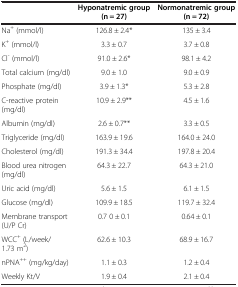
<table><thead><tr><td><b> </b></td><td><b>Hyponatremic group (n = 27)</b></td><td><b>Normonatremic group (n = 72)</b></td></tr></thead><tbody><tr><td>Na<sup>+</sup> (mmol/l)</td><td>126.8 ± 2.4*</td><td>135 ± 3.4</td></tr><tr><td>K<sup>+</sup> (mmol/l)</td><td>3.3 ± 0.7</td><td>3.7 ± 0.8</td></tr><tr><td>Cl<sup>-</sup> (mmol/l)</td><td>91.0 ± 2.6*</td><td>98.1 ± 4.2</td></tr><tr><td>Total calcium (mg/dl)</td><td>9.0 ± 1.0</td><td>9.0 ± 0.9</td></tr><tr><td>Phosphate (mg/dl)</td><td>3.9 ± 1.3*</td><td>5.3 ± 2.8</td></tr><tr><td>C-reactive protein (mg/dl)</td><td>10.9 ± 2.9**</td><td>4.5 ± 1.6</td></tr><tr><td>Albumin (mg/dl)</td><td>2.6 ± 0.7**</td><td>3.3 ± 0.5</td></tr><tr><td>Triglyceride (mg/dl)</td><td>163.9 ± 19.6</td><td>164.0 ± 24.0</td></tr><tr><td>Cholesterol (mg/dl)</td><td>191.3 ± 34.4</td><td>197.8 ± 20.4</td></tr><tr><td>Blood urea nitrogen (mg/dl)</td><td>64.3 ± 22.7</td><td>64.3 ± 21.0</td></tr><tr><td>Uric acid (mg/dl)</td><td>5.6 ± 1.5</td><td>6.1 ± 1.5</td></tr><tr><td>Glucose (mg/dl)</td><td>109.9 ± 18.5</td><td>119.7 ± 32.4</td></tr><tr><td>Membrane transport (U/P Cr)</td><td>0.7 0 ± 0.1</td><td>0.64 ± 0.1</td></tr><tr><td>WCC<sup>+</sup> (L/week/1.73 m<sup>2</sup>)</td><td>62.6 ± 10.3</td><td>68.9 ± 16.7</td></tr><tr><td>nPNA<sup>++</sup> (mg/kg/day)</td><td>1.1 ± 0.3</td><td>1.2 ± 0.4</td></tr><tr><td>Weekly Kt/V</td><td>1.9 ± 0.4</td><td>2.1 ± 0.4</td></tr></tbody></table>